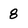
Character: 8